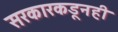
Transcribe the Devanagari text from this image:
सरकारकडूनही